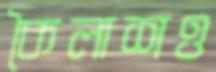
কৈলাশও